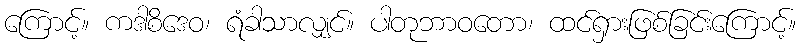
ကြောင့်။ ကဒါစိဒေဝ၊ ရံခါသာလျှင်။ ပါတုဘာဝတော၊ ထင်ရှားဖြစ်ခြင်းကြောင့်။